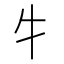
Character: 牜